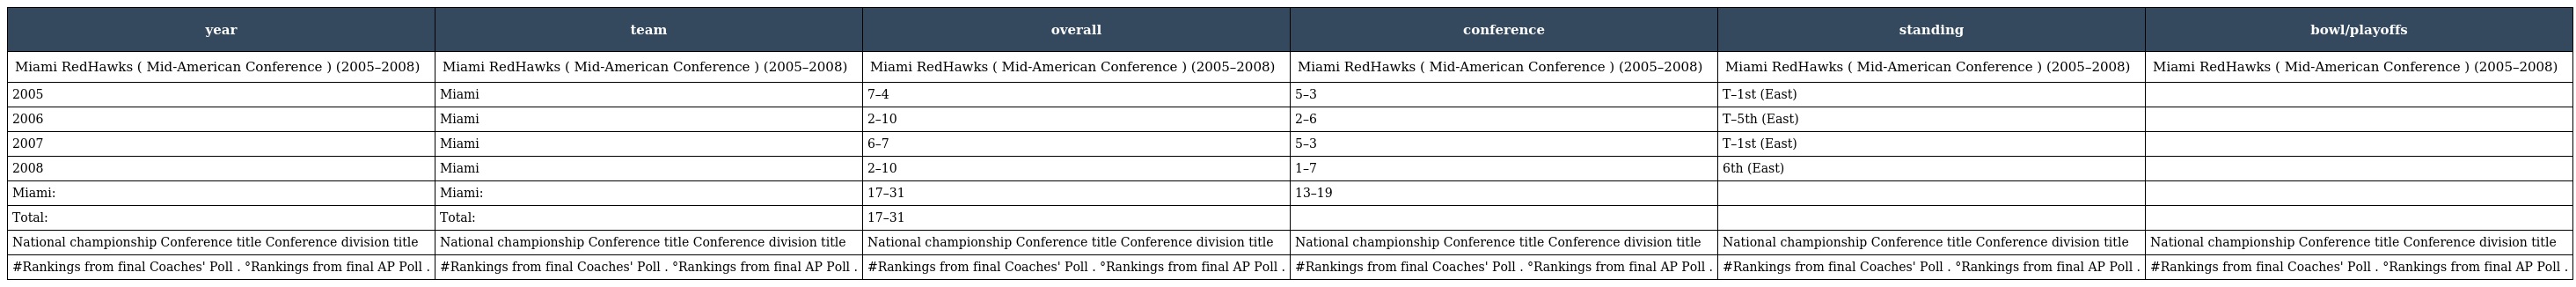
| year | team | overall | conference | standing | bowl/playoffs |
 | --- | --- | --- | --- | --- | --- |
 | Miami RedHawks ( Mid-American Conference ) (2005–2008) | Miami RedHawks ( Mid-American Conference ) (2005–2008) | Miami RedHawks ( Mid-American Conference ) (2005–2008) | Miami RedHawks ( Mid-American Conference ) (2005–2008) | Miami RedHawks ( Mid-American Conference ) (2005–2008) | Miami RedHawks ( Mid-American Conference ) (2005–2008) |
 | 2005 | Miami | 7–4 | 5–3 | T–1st (East) |  |
 | 2006 | Miami | 2–10 | 2–6 | T–5th (East) |  |
 | 2007 | Miami | 6–7 | 5–3 | T–1st (East) |  |
 | 2008 | Miami | 2–10 | 1–7 | 6th (East) |  |
 | Miami: | Miami: | 17–31 | 13–19 |  |  |
 | Total: | Total: | 17–31 |  |  |  |
 | National championship Conference title Conference division title | National championship Conference title Conference division title | National championship Conference title Conference division title | National championship Conference title Conference division title | National championship Conference title Conference division title | National championship Conference title Conference division title |
 | #Rankings from final Coaches' Poll . °Rankings from final AP Poll . | #Rankings from final Coaches' Poll . °Rankings from final AP Poll . | #Rankings from final Coaches' Poll . °Rankings from final AP Poll . | #Rankings from final Coaches' Poll . °Rankings from final AP Poll . | #Rankings from final Coaches' Poll . °Rankings from final AP Poll . | #Rankings from final Coaches' Poll . °Rankings from final AP Poll . |